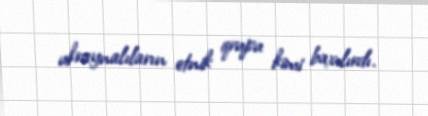
ukraynalıların etnik qrupu kimi baxılırdı.